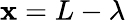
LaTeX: \mathbf{x}=L-\lambda